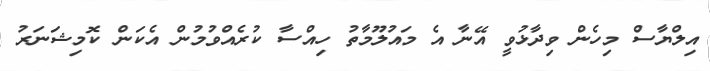
އިލްޔާސް މިހެން ވިދާޅުވީ އޭނާ އެ މައުލޫމާތު ހިއްސާ ކުރެއްވުމުން އެކަން ކޮމިޝަނަރު